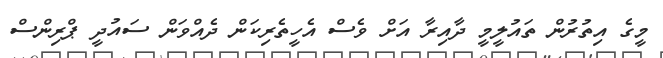
މީގެ އިތުރުން ތައުލީމީ ދާއިރާ އަށް ވެސް އެހީތެރިކަން ދެއްވަން ސައުދީ ޕްރިންސް